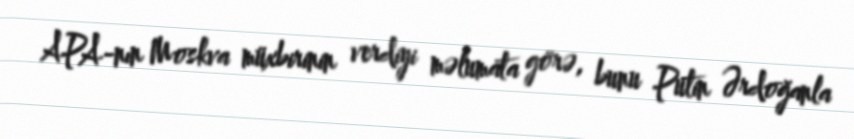
APA-nın Moskva müxbirinin verdiyi məlumata görə, bunu Putin Ərdoğanla